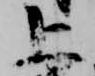
上